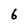
Character: 6